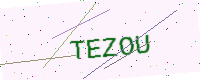
Text: TEZOU